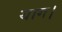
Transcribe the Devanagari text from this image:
याग।